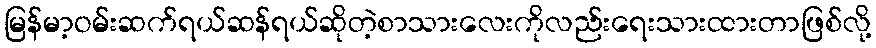
မြန်မာ့ဝမ်းဆက်ရယ်ဆန်ရယ်ဆိုတဲ့စာသားလေးကိုလည်းရေးသားထားတာဖြစ်လို့